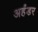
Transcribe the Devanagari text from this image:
अर्हंडर